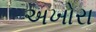
અખોરા